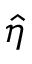
\hat { \eta }